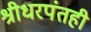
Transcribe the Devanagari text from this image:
श्रीधरपंतही